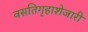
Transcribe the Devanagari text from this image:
वसतिगृहाशेजारी